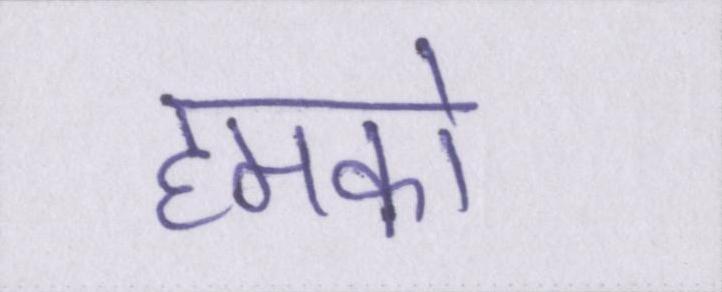
हमको